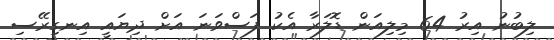
ލިބުނު އިރު 64 މިލިއަން ޑޮލަރާ އެކު ފަސްވަނަ އަށް ދިޔައީ އިނގިރޭސި